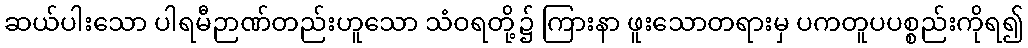
ဆယ်ပါးသော ပါရမီဉာဏ်တည်းဟူသော သံဝရတို့၌ ကြားနာ ဖူးသောတရားမှ ပကတူပပစ္စည်းကိုရ၍